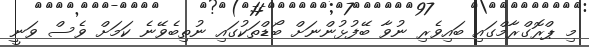
މި ޕްރޮގްރާމްގައި ބައިވެރި ނުވާ ބޭފުޅުންނަށް ބޯޑްތަކުގައި ނުތިބެވޭނެ ކަމަށް ވެސް ވަނީ